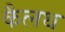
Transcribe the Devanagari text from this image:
कैलथ